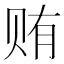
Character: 贿